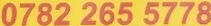
0782 265 5778